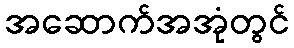
အဆောက်အအုံတွင်